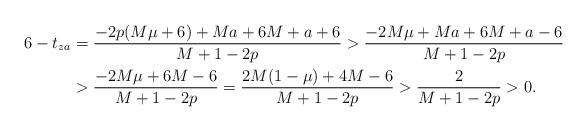
LaTeX: \begin{align*}6-t_{za}&=\frac{-2 p (M\mu+6) +M a+6 M+a+6}{M+1-2p}>\frac{-2 M\mu +M a+6 M+a-6}{M+1-2p}\\&>\frac{-2 M\mu +6 M-6}{M+1-2p}=\frac{2M(1- \mu)+4M-6}{M+1-2p}>\frac2{M+1-2p}>0.\end{align*}